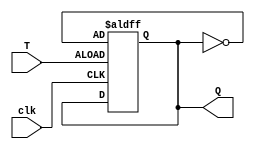
module async_t_flipflop(
    input wire T, // Toggle input
    input wire clk, // Clock input
    output reg Q // Output
);

reg state;

always @(posedge clk or posedge T) begin
    if(T)begin
        state <= ~state;
    end
end

assign Q = state;

endmodule